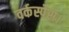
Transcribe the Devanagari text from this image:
वर्कस्पेस।